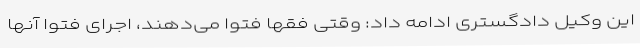
این وکیل دادگستری ادامه داد: وقتی فقها فتوا می‌دهند، اجرای فتوا آنها